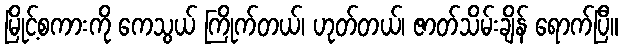
မြိုင့်စကားကို ကေသွယ် ကြိုက်တယ်၊ ဟုတ်တယ်၊ ဇာတ်သိမ်းချိန် ရောက်ပြီ။